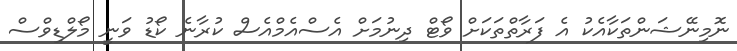
ނޮމިނޭޝަންތަކާއެކު އެ ފަރާތްތަކަށް ވޯޓް ދިނުމަށް އެސްއެމްއެސް ކުރާނެ ކޯޑު ވަނީ މޯލްޑިވްސް